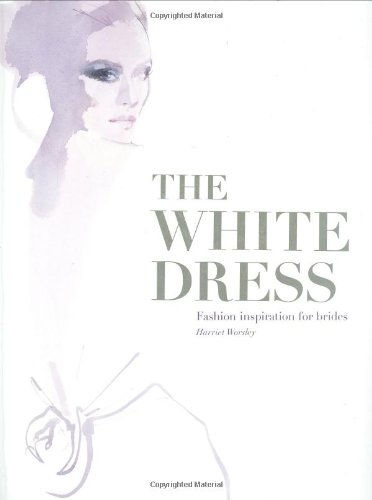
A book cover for The White Dress; Harriet Worsley; Crafts, Hobbies & Home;